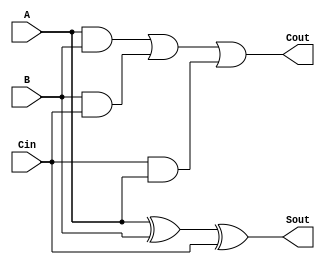
`timescale 1ns / 1ps

module full_adder( 
    input A, B, Cin,
    output reg Sout, Cout
    );
    
    always@(*) begin
        Sout = A ^ B ^ Cin;
        Cout = (A&B) | (B&Cin) | (Cin&A);
    end
endmodule


module mux(
    input a,b,sel,
    output reg y
    );
    always@(*)  y = (~sel&a) | (sel&b);
endmodule


module carry_select (
    input [3:0]a,b,
    input carry,
    output [3:0]sum,
    output cout
    );

    wire [16:1]w;

    full_adder fa1 (a[0], b[0], 1'b0, w[1], w[2]);
    full_adder fa2 (a[1], b[1], w[2], w[3], w[4]);
    full_adder fa3 (a[2], b[2], w[4], w[5], w[6]);
    full_adder fa4 (a[3], b[3], w[6], w[7], w[8]);

    full_adder fa5 (a[0], b[0], 1'b1, w[9], w[10]);
    full_adder fa6 (a[1], b[1], w[10], w[11], w[12]);
    full_adder fa7 (a[2], b[2], w[12], w[13], w[14]);
    full_adder fa8 (a[3], b[3], w[14], w[15], w[16]);

    mux m1(w[1], w[9], carry, sum[0]);
    mux m2(w[3], w[11], carry, sum[1]);
    mux m3(w[5], w[13], carry, sum[2]);
    mux m4(w[7], w[15], carry, sum[3]);
    mux m5(w[8], w[16], carry, cout);

endmodule